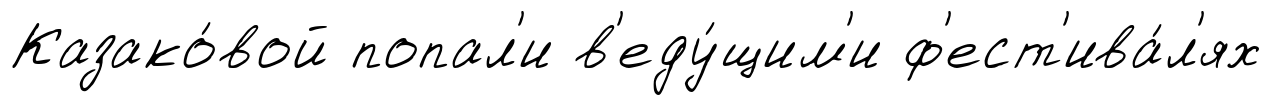
Казако́вой попал'и в'еду́щим'и ф'ест'ива́л'ях